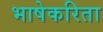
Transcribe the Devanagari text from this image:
भाषेकरिता